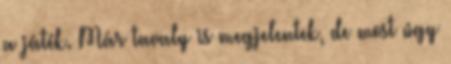
a játék. Már tavaly is megjelentek, de most úgy